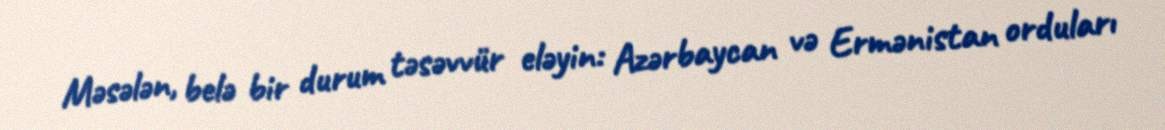
Məsələn, belə bir durum təsəvvür eləyin: Azərbaycan və Ermənistan orduları